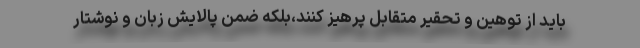
باید از توهین و تحقیر متقابل پرهیز کنند،بلکه ضمن پالایش زبان و نوشتار